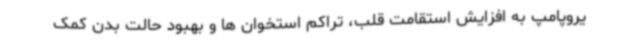
یروپامپ به افزایش استقامت قلب، تراکم استخوان ها و بهبود حالت بدن کمک